DOW-UAP-D65, Mission Report, Persian Gulf, July 2020
Agency: Department of War
Incident date: 7/16/20
Incident location: Persian Gulf
Page 3
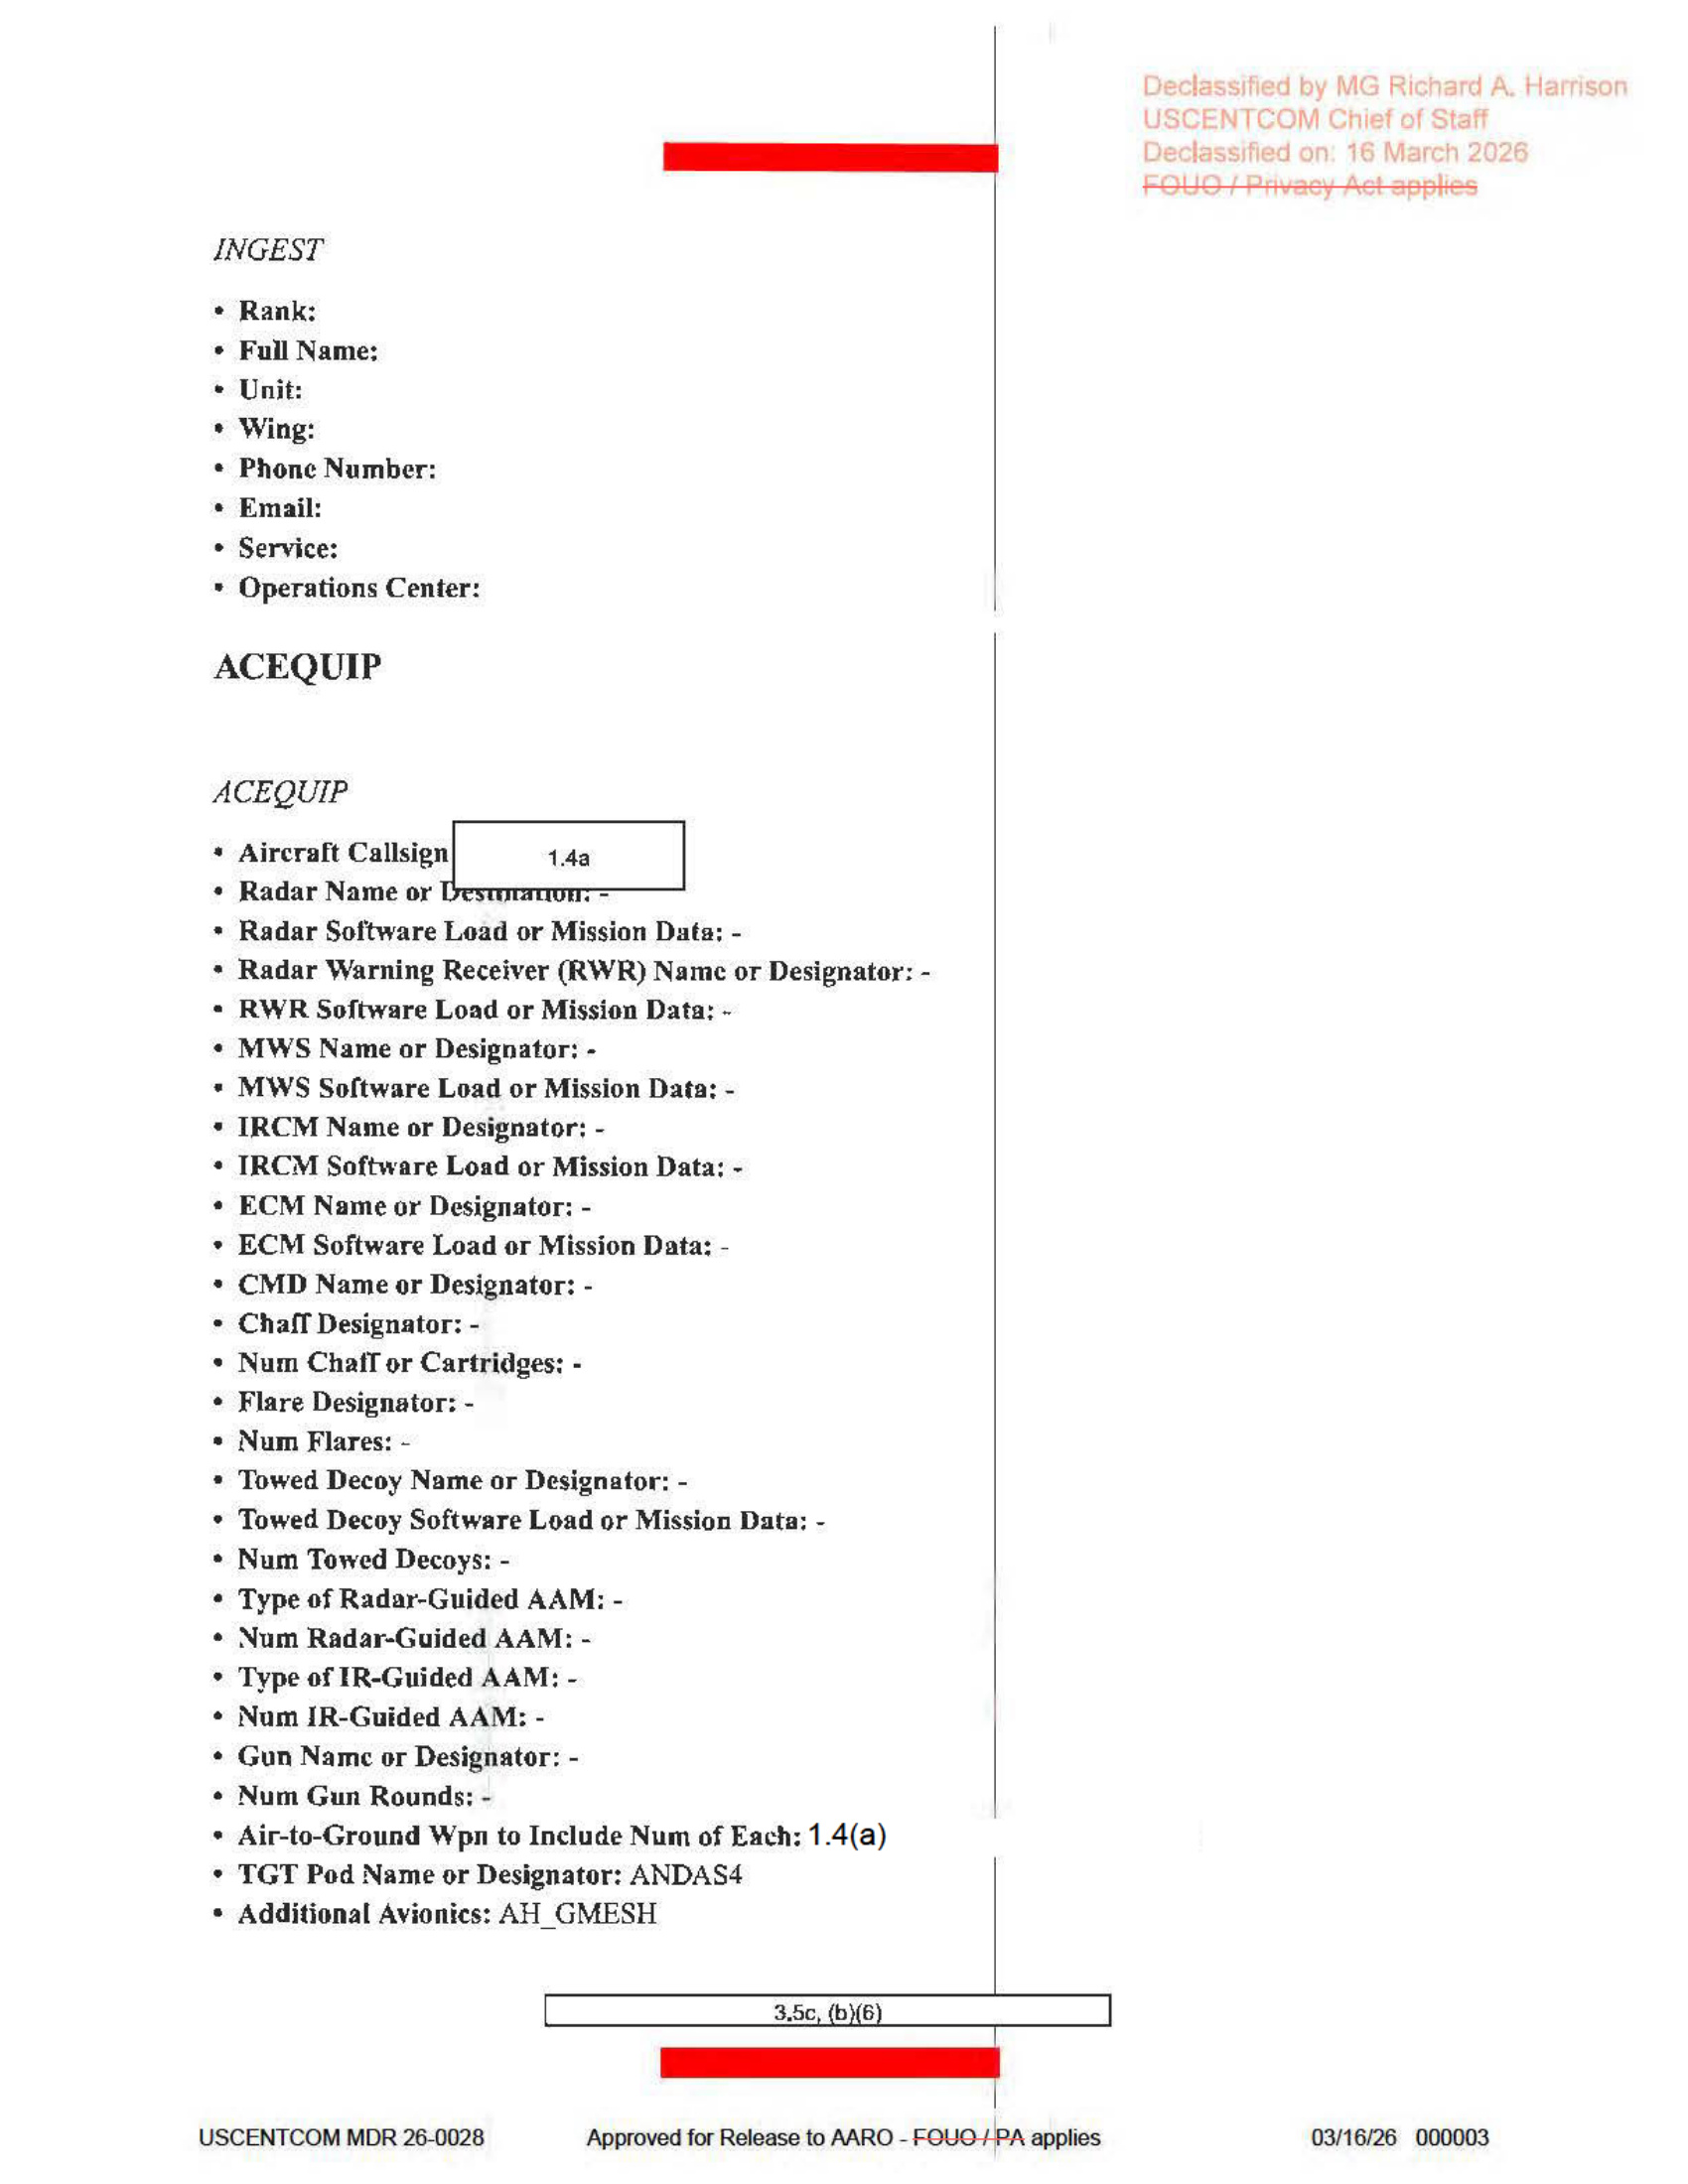